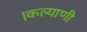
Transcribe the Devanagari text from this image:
।कल्याणी